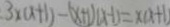
3 x ( x + 1 ) - ( x + 1 ) ( x - 1 ) = x ( x + 1 )